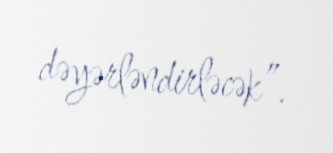
dəyərləndirləcək”.